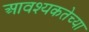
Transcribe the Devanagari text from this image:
आवश्यकतेच्या